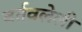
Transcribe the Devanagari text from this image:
वर्तवलेली